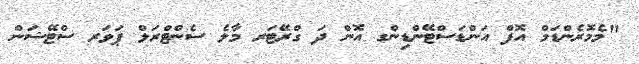
"މެމޮރެންޑަމް އޮފް އަންޑަސްޓޭންޑިންގ އޮން ދަ ގްރޭޓަރ މާލެ ސެންޓްރަލް ޕަވަރ ސްޓޭޝަން